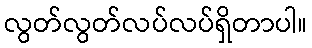
လွတ်လွတ်လပ်လပ်ရှိတာပါ။